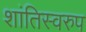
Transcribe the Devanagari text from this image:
शांतिस्वरुप